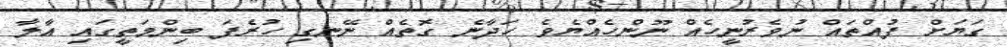
ގަޔަށް ފުއްތައް ނުވެރުނީހެއް ނޫންހެއްޔެވެ ހަދާނެ ގޮތެއް ނޭނގި ހުރެފަ ބިންމަތީގައި އާލާ